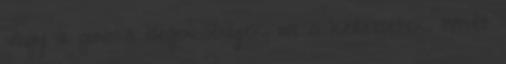
vagy a gonosz idegen lények, ne is keressetek. Ismét